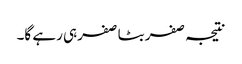
نتیجہ صفر بٹا صفرہی رہے گا۔